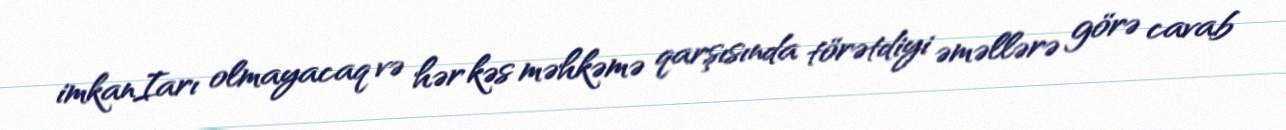
imkanIarı olmayacaq və hər kəs məhkəmə qarşısında törətdiyi əməllərə görə cavab